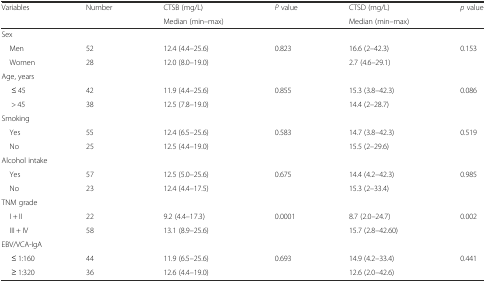
| Variables | Number | CTSB (mg/L) | P value | CTSD (mg/L) | p value |
 |  |  | Median (min–max) |  | Median (min–max) |  |
 | --- | --- | --- | --- | --- | --- |
 | <COLSPAN=6> Sex |
 | Men | 52 | 12.4 (4.4–25.6) | 0.823 | 16.6 (2–42.3) | 0.153 |
 | Women | 28 | 12.0 (8.0–19.0) |  | 2.7 (4.6–29.1) |  |
 | <COLSPAN=6> Age, years |
 | ≤ 45 | 42 | 11.9 (4.4–25.6) | 0.855 | 15.3 (3.8–42.3) | 0.086 |
 | > 45 | 38 | 12.5 (7.8–19.0) |  | 14.4 (2–28.7) |  |
 | <COLSPAN=6> Smoking |
 | Yes | 55 | 12.4 (6.5–25.6) | 0.583 | 14.7 (3.8–42.3) | 0.519 |
 | No | 25 | 12.5 (4.4–19.0) |  | 15.5 (2–29.6) |  |
 | <COLSPAN=6> Alcohol intake |
 | Yes | 57 | 12.5 (5.0–25.6) | 0.675 | 14.4 (4.2–42.3) | 0.985 |
 | No | 23 | 12.4 (4.4–17.5) |  | 15.3 (2–33.4) |  |
 | <COLSPAN=6> TNM grade |
 | I + II | 22 | 9.2 (4.4–17.3) | 0.0001 | 8.7 (2.0–24.7) | 0.002 |
 | III + IV | 58 | 13.1 (8.9–25.6) |  | 15.7 (2.8–42.60) |  |
 | <COLSPAN=6> EBV/VCA-IgA |
 | ≤ 1:160 | 44 | 11.9 (6.5–25.6) | 0.693 | 14.9 (4.2–33.4) | 0.441 |
 | ≥ 1:320 | 36 | 12.6 (4.4–19.0) |  | 12.6 (2.0–42.6) |  |